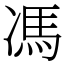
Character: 馮